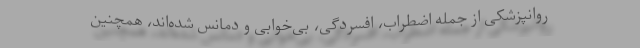
روانپزشکی از جمله اضطراب، افسردگی، بی‌خوابی و دمانس شده‌اند، همچنین